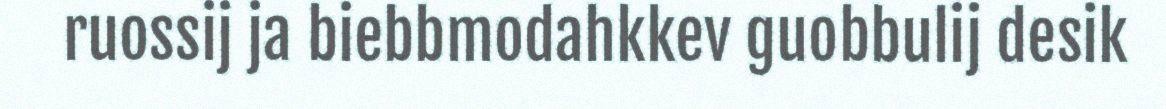
ruossij ja biebbmodahkkev guobbulij desik